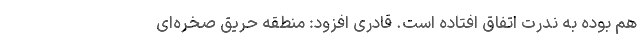
هم بوده به ندرت اتفاق افتاده است. قادری افزود: منطقه حریق صخره‌ای